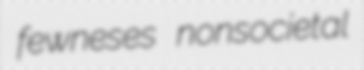
fewneses nonsocietal